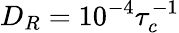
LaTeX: D_{R}=10^{-4}\tau_{c}^{-1}